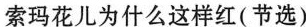
索玛花儿为什么这样红(节选)